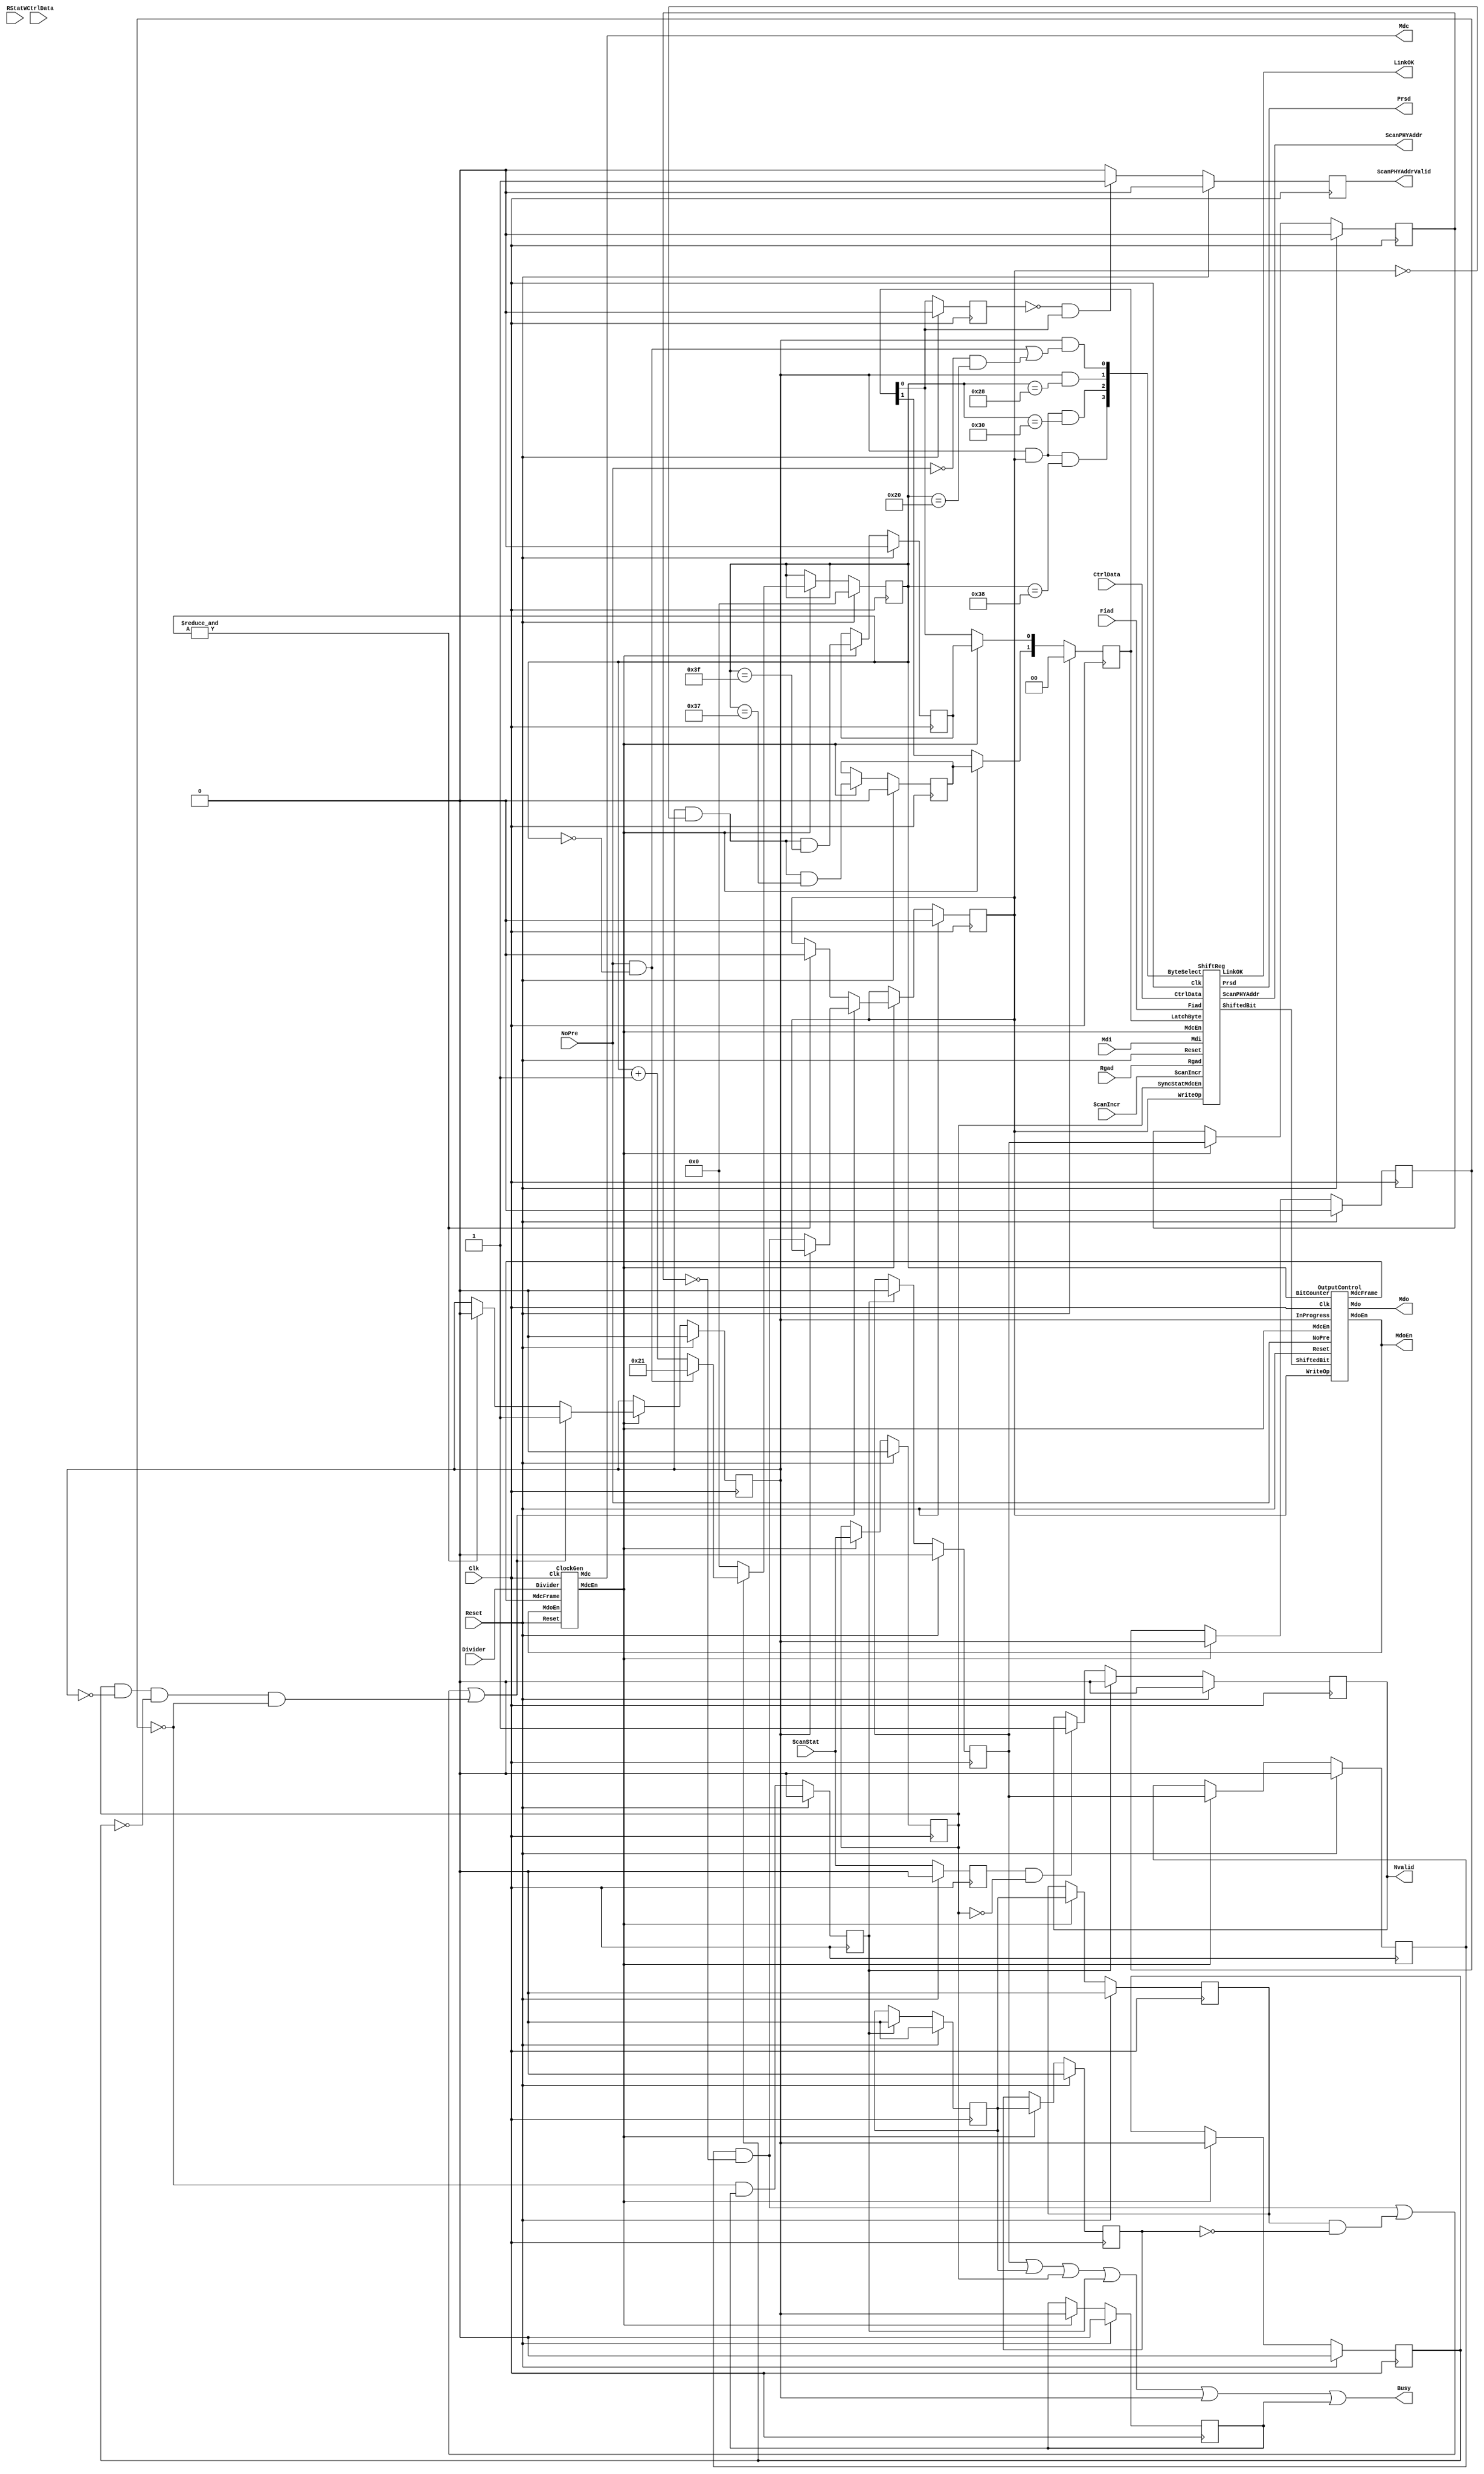
// Adapted to vl2mv and vis by Fabio Somenzi <Fabio@Colorado.EDU>

/////////////////////////////////////////////////////////////////////
////                                                             ////
////  MII Management Module                                      ////
////                                                             ////
////          igorM@opencores.org                                ////
////                                                             ////
////                                                             ////
////  Downloaded from: http://www.opencores.org/cores/ethmac/    ////
////                                                             ////
/////////////////////////////////////////////////////////////////////
////                                                             ////
//// Copyright (C) 2001 Igor Mohor                               ////
////                    IgorM@opencores.org                      ////
////                                                             ////
//// This source file may be used and distributed without        ////
//// restriction provided that this copyright statement is not   ////
//// removed from the file and that any derivative work contains ////
//// the original copyright notice and the associated disclaimer.////
////                                                             ////
////     THIS SOFTWARE IS PROVIDED ``AS IS'' AND WITHOUT ANY     ////
//// EXPRESS OR IMPLIED WARRANTIES, INCLUDING, BUT NOT LIMITED   ////
//// TO, THE IMPLIED WARRANTIES OF MERCHANTABILITY AND FITNESS   ////
//// FOR A PARTICULAR PURPOSE. IN NO EVENT SHALL THE AUTHOR      ////
//// OR CONTRIBUTORS BE LIABLE FOR ANY DIRECT, INDIRECT,         ////
//// INCIDENTAL, SPECIAL, EXEMPLARY, OR CONSEQUENTIAL DAMAGES    ////
//// (INCLUDING, BUT NOT LIMITED TO, PROCUREMENT OF SUBSTITUTE   ////
//// GOODS OR SERVICES; LOSS OF USE, DATA, OR PROFITS; OR        ////
//// BUSINESS INTERRUPTION) HOWEVER CAUSED AND ON ANY THEORY OF  ////
//// LIABILITY, WHETHER IN  CONTRACT, STRICT LIABILITY, OR TORT  ////
//// (INCLUDING NEGLIGENCE OR OTHERWISE) ARISING IN ANY WAY OUT  ////
//// OF THE USE OF THIS SOFTWARE, EVEN IF ADVISED OF THE         ////
//// POSSIBILITY OF SUCH DAMAGE.                                 ////
////                                                             ////
/////////////////////////////////////////////////////////////////////

module miim
(
  Clk,
  Reset,
  Divider,
  NoPre,
  ScanIncr,
  CtrlData,
  Rgad,
  Fiad,
  WCtrlData,
  RStat,
  ScanStat,
  Mdi,
  Mdo,
  MdoEn,
  Mdc,
  Busy,
  Prsd,
  ScanPHYAddr,
  ScanPHYAddrValid,
  LinkOK,
  Nvalid
);


// ------------------------------------------------------------------------
// --- Input/ Output Declarations

input         Clk;                // Host Clock
input         Reset;              // General Reset
input   [7:0] Divider;            // Divider for the host clock
input  [15:0] CtrlData;           // Control Data (to be written to the PHY reg.)
input   [4:0] Rgad;               // Register Address (within the PHY)
input   [4:0] Fiad;               // PHY Address
input         NoPre;              // No Preamble (no 32-bit preamble)
input         ScanIncr;           // Scan Increment (PHY address is incremented after each scan)
input         WCtrlData;          // Write Control Data operation
input         RStat;              // Read Status operation
input         ScanStat;           // Scan Status operation
input         Mdi;                // MII Management Data In

output        Mdc;                // MII Management Data Clock
output        Mdo;                // MII Management Data Output
output        MdoEn;              // MII Management Data Output Enable
output        Busy;               // Busy Signal
output        LinkOK;             // Link Integrity Signal
output        Nvalid;             // Invalid Status (qualifier for the valid scan result)

output [15:0] Prsd;               // Read Status Data (data read from the PHY)
output  [4:0] ScanPHYAddr;        // Scan PHY Address (Scan is performed to the PHY with the ScanPHYAddr[4:0] address)
output        ScanPHYAddrValid;   // Qualifier when the ScanPHYAddr[4:0] address is valid


reg           Nvalid;
reg           EndBusy_d;          // Pre-end Busy signal
reg           EndBusy;            // End Busy signal (stops the operation in progress)

reg           WCtrlData_q1;       // Write Control Data operation delayed 1 Clk cycle
reg           WCtrlData_q2;       // Write Control Data operation delayed 2 Clk cycles
reg           WCtrlData_q3;       // Write Control Data operation delayed 3 Clk cycles
reg           WCtrlDataStart;     // Start Write Control Data Command (positive edge detected)
reg           WCtrlDataStart_q1;  // Start Write Control Data Command delayed 1 Mdc cycle
reg           WCtrlDataStart_q2;  // Start Write Control Data Command delayed 2 Mdc cycles

reg           RStat_q1;           // Read Status operation delayed 1 Clk cycle
reg           RStat_q2;           // Read Status operation delayed 2 Clk cycles
reg           RStat_q3;           // Read Status operation delayed 3 Clk cycles
reg           RStatStart;         // Start Read Status Command (positive edge detected)
reg           RStatStart_q1;      // Start Read Status Command delayed 1 Mdc cycle
reg           RStatStart_q2;      // Start Read Status Command delayed 2 Mdc cycles

reg           ScanStat_q1;        // Scan Status operation delayed 1 cycle
reg           ScanStat_q2;        // Scan Status operation delayed 2 cycles
reg           SyncStatMdcEn;      // Scan Status operation delayed at least cycles and synchronized to MdcEn

wire          WriteDataOp;        // Write Data Operation (positive edge detected)
wire          ReadStatusOp;       // Read Status Operation (positive edge detected)
wire          ScanStatusOp;       // Scan Status Operation (positive edge detected)
wire          StartOp;            // Start Operation (start of any of the preceding operations)
wire          EndOp;              // End of Operation

reg           InProgress;         // Operation in progress
reg           InProgress_q1;      // Operation in progress delayed 1 Mdc cycle
reg           InProgress_q2;      // Operation in progress delayed 2 Mdc cycles
reg           InProgress_q3;      // Operation in progress delayed 3 Mdc cycles

reg           WriteOp;            // Write Operation Latch (When asserted, write operation is in progress)
reg     [5:0] BitCounter;         // Bit Counter

reg           StatusSampledEnd;   // Status Sampled End (used for generation of the StatusSampled signal)
reg           ScanPHYAddrValid;   // Qualifier when the ScanPHYAddr[4:0] address is valid

wire          StatusSampled;
wire          MdcFrame;           // Frame window for limiting the Mdc
wire    [3:0] ByteSelect;         // Byte Select defines which byte (preamble, data, operation, etc.) is loaded and shifted through the shift register.
wire          MdcEn;              // MII Management Data Clock Enable signal is asserted for one Clk period before Mdc rises.
wire          ShiftedBit;         // This bit is output of the shift register and is connected to the Mdo signal


wire          LatchByte1_d2;
wire          LatchByte0_d2;
reg           LatchByte1_d;
reg           LatchByte0_d;
reg     [1:0] LatchByte;          // Latch Byte selects which part of Read Status Data is updated from the shift register



initial begin
    Nvalid = 0;
    EndBusy_d = 0;
    EndBusy = 0;
    WCtrlData_q1 = 0;
    WCtrlData_q2 = 0;
    WCtrlData_q3 = 0;
    WCtrlDataStart = 0;
    WCtrlDataStart_q1 = 0;
    WCtrlDataStart_q2 = 0;
    RStat_q1 = 0;
    RStat_q2 = 0;
    RStat_q3 = 0;
    RStatStart = 0;
    RStatStart_q1 = 0;
    RStatStart_q2 = 0;
    ScanStat_q1 = 0;
    ScanStat_q2 = 0;
    SyncStatMdcEn = 0;
    InProgress = 0;
    InProgress_q1 = 0;
    InProgress_q2 = 0;
    InProgress_q3 = 0;
    WriteOp = 0;
    BitCounter = 0;
    StatusSampledEnd = 0;
    ScanPHYAddrValid = 0;
    LatchByte1_d = 0;
    LatchByte0_d = 0;
    LatchByte = 0;
end



// --- LCTLD, RSTAT & SCAN Synchronization, START & BUSY Generation

// The rising edge of WCtrlData and RStat are detected and along with ScanStat
// synchronized to mdcg.  Start and Busy are generated.

// Generation of the EndBusy signal. It is used for ending the MII Management operation.
always @ (posedge Clk)
begin
  if(Reset)
    begin
      EndBusy_d = 1'b0;
      EndBusy = 1'b0;
    end
  else
    begin
      EndBusy_d = ~InProgress_q2 & InProgress_q3;
      EndBusy   = EndBusy_d;
    end
end


// Generation of the delayed signals used for positive edge triggering.
always @ (posedge Clk)
begin
  if(Reset)
    begin
      WCtrlData_q1 = 1'b0;
      WCtrlData_q2 = 1'b0;
      WCtrlData_q3 = 1'b0;
      
      RStat_q1 = 1'b0;
      RStat_q2 = 1'b0;
      RStat_q3 = 1'b0;

      ScanStat_q1   = 1'b0;
      ScanStat_q2   = 1'b0;
      SyncStatMdcEn = 1'b0;
    end
  else
    begin
      WCtrlData_q1 = WCtrlData;
      WCtrlData_q2 = WCtrlData_q1;
      WCtrlData_q3 = WCtrlData_q2;

      RStat_q1 = RStat;
      RStat_q2 = RStat_q1;
      RStat_q3 = RStat_q2;

      ScanStat_q1 = ScanStat;
      ScanStat_q2 = ScanStat_q1;
      if(MdcEn)
        SyncStatMdcEn = ScanStat_q2;
    end
end


// Generation of the Start Commands (Write Control Data or Read Status)
// Generation of the Nvalid signal (indicates when the status is invalid)
always @ (posedge Clk)
begin
  if(Reset)
    begin
      WCtrlDataStart = 1'b0;
      RStatStart = 1'b0;
      Nvalid = 1'b0;
    end
  else
    begin
      if(EndBusy)
        begin
          WCtrlDataStart = 1'b0;
          RStatStart = 1'b0;
          Nvalid = 1'b0;
        end
      else
        begin
          if(WCtrlData_q2 & ~WCtrlData_q3)
            WCtrlDataStart = 1'b1;
          if(RStat_q2 & ~RStat_q3)
            RStatStart = 1'b1;
          if(ScanStat_q2  & ~SyncStatMdcEn)
            Nvalid = 1'b1;
        end
    end
end 


// Signals used for the generation of the Operation signals (positive edge)
always @ (posedge Clk)
begin
  if(Reset)
    begin
      WCtrlDataStart_q1 = 1'b0;
      WCtrlDataStart_q2 = 1'b0;

      RStatStart_q1 = 1'b0;
      RStatStart_q2 = 1'b0;

      LatchByte[1:0] = 1'b0;
      LatchByte0_d = 1'b0;
      LatchByte1_d = 1'b0;

      InProgress_q1 = 1'b0;
      InProgress_q2 = 1'b0;
      InProgress_q3 = 1'b0;
    end
  else
    begin
      if(MdcEn)
        begin
          WCtrlDataStart_q1 = WCtrlDataStart;
          WCtrlDataStart_q2 = WCtrlDataStart_q1;

          RStatStart_q1 = RStatStart;
          RStatStart_q2 = RStatStart_q1;

          LatchByte[0] = LatchByte0_d;
          LatchByte[1] = LatchByte1_d;

          LatchByte0_d = LatchByte0_d2;
          LatchByte1_d = LatchByte1_d2;

          InProgress_q1 = InProgress;
          InProgress_q2 = InProgress_q1;
          InProgress_q3 = InProgress_q2;
        end
    end
end 


// Generation of the Operation signals
assign WriteDataOp  = WCtrlDataStart_q1 & ~WCtrlDataStart_q2;    
assign ReadStatusOp = RStatStart_q1     & ~RStatStart_q2;
assign ScanStatusOp = SyncStatMdcEn     & ~InProgress & ~InProgress_q1 & ~InProgress_q2; // igor !!! Zakaj je tu onemogoceno za 3 cikle?
assign StartOp      = WriteDataOp | ReadStatusOp | ScanStatusOp;

// - - - - - - - - - - - - - - - - - - - - - - - - - - - - - 
// Busy :: MII Management Busy
assign Busy = WCtrlDataStart | RStatStart | SyncStatMdcEn | EndBusy | InProgress | InProgress_q3;
// igor !!! EndBusy podira (WCtrlDataStart, RStatStart), zato nima smisla, da je tu. Mogoce je tu zaradi SyncStatMdcEn.
// InProgress_q3 nima smisla ? je tu zato, ker se EndBusy podira na Clk, InProgress_q3 pa ima za pogoj MdcEn.
// Poskusi simualcijo in vrzi InProgress_q3 ven



// Generation of the InProgress signal (indicates when an operation is in progress)
// Generation of the WriteOp signal (indicates when a write is in progress)
always @ (posedge Clk)
begin
  if(Reset)
    begin
      InProgress = 1'b0;
      WriteOp = 1'b0;
    end
  else
    begin
      if(MdcEn)
        begin
          if(StartOp)
            begin
              if(~InProgress)
                WriteOp = WriteDataOp;
              InProgress = 1'b1;
            end
          else
            begin
              if(EndOp)
                begin
                  InProgress = 1'b0;
                  WriteOp = 1'b0;
                end
            end
        end
    end
end



// Bit Counter counts from 0 to 63 (from 32 to 63 when NoPre is asserted)
always @ (posedge Clk)
begin
  if(Reset)
    BitCounter[5:0] = 6'h0;
  else
    begin
      if(MdcEn)
        begin
          if(~InProgress_q1)
            BitCounter[5:0] = 6'h0;
          else
            begin
              if(NoPre & ( BitCounter == 6'h0 ))
                BitCounter[5:0] = 6'h21;
              else
                BitCounter[5:0] = BitCounter[5:0] + 1'b1;
            end
        end
    end
end


// Operation ends when the Bit Counter reaches 63
assign EndOp = &BitCounter[5:0];


// Byte Select defines which byte (preamble, data, operation, etc.) is loaded and shifted through the shift register.
assign ByteSelect[0] = InProgress & ((NoPre & (BitCounter == 6'h0)) | (~NoPre & (BitCounter == 6'h20)));
assign ByteSelect[1] = InProgress & (BitCounter == 6'h28);
assign ByteSelect[2] = InProgress & WriteOp & (BitCounter == 6'h30);
assign ByteSelect[3] = InProgress & WriteOp & (BitCounter == 6'h38);

// Latch Byte selects which part of Read Status Data is updated from the shift register
assign LatchByte1_d2 = InProgress & ~WriteOp & BitCounter == 6'h37;
assign LatchByte0_d2 = InProgress & ~WriteOp & BitCounter == 6'h3F;


// StatusSampledEnd
always @ (posedge Clk)
begin
  if(Reset)
    StatusSampledEnd = 1'b0;
  else
    StatusSampledEnd = LatchByte[0];
end     


// StatusSampled is used for ScanPHYAddrValid generation
assign StatusSampled = ~StatusSampledEnd & LatchByte[0];


// Generation of the ScanPHYAddrValid
always @ (posedge Clk)
begin
  if(Reset)
    ScanPHYAddrValid = 1'b0;
  else
    begin
      if(StatusSampled)
        ScanPHYAddrValid = 1'b1;
      else
        ScanPHYAddrValid = 1'b0;
    end
end


// Connecting the Clock Generator Module
ClockGen ClkGen(.Clk(Clk), .Reset(Reset), .Divider(Divider[7:0]), .MdoEn(MdoEn), .MdcEn(MdcEn), .Mdc(Mdc), 
                .MdcFrame(MdcFrame));

// Connecting the Shift Register Module
ShiftReg ShftRg(.Clk(Clk), .Reset(Reset), .MdcEn(MdcEn), .Mdi(Mdi), .Fiad(Fiad), .Rgad(Rgad), .CtrlData(CtrlData), 
                .WriteOp(WriteOp), .ScanIncr(ScanIncr), .SyncStatMdcEn(SyncStatMdcEn), .ByteSelect(ByteSelect), 
                .LatchByte(LatchByte), .ShiftedBit(ShiftedBit), .ScanPHYAddr(ScanPHYAddr), .Prsd(Prsd), .LinkOK(LinkOK)
               );

// Connecting the Output Control Module
OutputControl OutCtrl(.Clk(Clk), .Reset(Reset), .MdcEn(MdcEn), .InProgress(InProgress), .ShiftedBit(ShiftedBit), 
                      .BitCounter(BitCounter), .WriteOp(WriteOp), .NoPre(NoPre), .Mdo(Mdo), .MdoEn(MdoEn), 
                      .MdcFrame(MdcFrame)
                     );

endmodule


/////////////////////////////////////////////////////////////////////
////                                                             ////
////  Clock Generator                                            ////
////  Generates MII Management Data Clock from the Host Clock    ////
////                                                             ////
////          igorM@opencores.org                                ////
////                                                             ////
////                                                             ////
////  Downloaded from: http://www.opencores.org/cores/ethmac/    ////
////                                                             ////
/////////////////////////////////////////////////////////////////////
////                                                             ////
//// Copyright (C) 2001 Igor Mohor                               ////
////                    IgorM@opencores.org                      ////
////                                                             ////
//// This source file may be used and distributed without        ////
//// restriction provided that this copyright statement is not   ////
//// removed from the file and that any derivative work contains ////
//// the original copyright notice and the associated disclaimer.////
////                                                             ////
////     THIS SOFTWARE IS PROVIDED ``AS IS'' AND WITHOUT ANY     ////
//// EXPRESS OR IMPLIED WARRANTIES, INCLUDING, BUT NOT LIMITED   ////
//// TO, THE IMPLIED WARRANTIES OF MERCHANTABILITY AND FITNESS   ////
//// FOR A PARTICULAR PURPOSE. IN NO EVENT SHALL THE AUTHOR      ////
//// OR CONTRIBUTORS BE LIABLE FOR ANY DIRECT, INDIRECT,         ////
//// INCIDENTAL, SPECIAL, EXEMPLARY, OR CONSEQUENTIAL DAMAGES    ////
//// (INCLUDING, BUT NOT LIMITED TO, PROCUREMENT OF SUBSTITUTE   ////
//// GOODS OR SERVICES; LOSS OF USE, DATA, OR PROFITS; OR        ////
//// BUSINESS INTERRUPTION) HOWEVER CAUSED AND ON ANY THEORY OF  ////
//// LIABILITY, WHETHER IN  CONTRACT, STRICT LIABILITY, OR TORT  ////
//// (INCLUDING NEGLIGENCE OR OTHERWISE) ARISING IN ANY WAY OUT  ////
//// OF THE USE OF THIS SOFTWARE, EVEN IF ADVISED OF THE         ////
//// POSSIBILITY OF SUCH DAMAGE.                                 ////
////                                                             ////
/////////////////////////////////////////////////////////////////////

module ClockGen(Clk, Reset, Divider, MdoEn, MdcEn, Mdc, MdcFrame);

input       Clk;              // Input clock (Host clock)
input       Reset;            // Reset signal
input [7:0] Divider;          // Divider (input clock will be divided by the Divider[7:0])
input       MdoEn;            // MII Management Data Output Enable
input       MdcFrame;         // Frame window for limiting the Mdc

output      Mdc;              // Output clock
output      MdcEn;            // Enable signal is asserted for one Clk period before Mdc rises.

reg         Mdc;
reg   [7:0] Counter;

wire        CountEq0;
wire  [7:0] CounterPreset;
wire  [7:0] TempDivider;

initial begin
    Mdc = 0;
    Counter = 0;
end

assign TempDivider[7:0]   = (Divider[7:0]<2)? 8'h02 : Divider[7:0]; // If smaller than 2
assign CounterPreset[7:0] = {1'b0,TempDivider[7:1]} -1;               // We are counting half of period


// Counter counts half period
always @ (posedge Clk)
begin
  if(Reset)
    Counter[7:0] = 8'h1;
  else
    begin
      if(CountEq0)
        begin
          Counter[7:0] = CounterPreset[7:0];
        end
      else
        Counter[7:0] = Counter - 8'h1;
    end
end


// Mdc is asserted every other half period
always @ (posedge Clk)
begin
  if(Reset)
    Mdc = 1'b0;
  else
    begin
      if(CountEq0 & MdcFrame)
        Mdc = ~Mdc;
    end
end


assign CountEq0 = Counter == 8'h0;
assign MdcEn = CountEq0 & ~Mdc;


endmodule


/////////////////////////////////////////////////////////////////////
////                                                             ////
////  Output Control Block                                       ////
////  Output Control for the MII Management Data Signals         ////
////  (Mdc, Mdo, MdoEn)                                          ////
////                                                             ////
////          igorM@opencores.org                                ////
////                                                             ////
////                                                             ////
////  Downloaded from: http://www.opencores.org/cores/ethmac/    ////
////                                                             ////
/////////////////////////////////////////////////////////////////////
////                                                             ////
//// Copyright (C) 2001 Igor Mohor                               ////
////                    IgorM@opencores.org                      ////
////                                                             ////
//// This source file may be used and distributed without        ////
//// restriction provided that this copyright statement is not   ////
//// removed from the file and that any derivative work contains ////
//// the original copyright notice and the associated disclaimer.////
////                                                             ////
////     THIS SOFTWARE IS PROVIDED ``AS IS'' AND WITHOUT ANY     ////
//// EXPRESS OR IMPLIED WARRANTIES, INCLUDING, BUT NOT LIMITED   ////
//// TO, THE IMPLIED WARRANTIES OF MERCHANTABILITY AND FITNESS   ////
//// FOR A PARTICULAR PURPOSE. IN NO EVENT SHALL THE AUTHOR      ////
//// OR CONTRIBUTORS BE LIABLE FOR ANY DIRECT, INDIRECT,         ////
//// INCIDENTAL, SPECIAL, EXEMPLARY, OR CONSEQUENTIAL DAMAGES    ////
//// (INCLUDING, BUT NOT LIMITED TO, PROCUREMENT OF SUBSTITUTE   ////
//// GOODS OR SERVICES; LOSS OF USE, DATA, OR PROFITS; OR        ////
//// BUSINESS INTERRUPTION) HOWEVER CAUSED AND ON ANY THEORY OF  ////
//// LIABILITY, WHETHER IN  CONTRACT, STRICT LIABILITY, OR TORT  ////
//// (INCLUDING NEGLIGENCE OR OTHERWISE) ARISING IN ANY WAY OUT  ////
//// OF THE USE OF THIS SOFTWARE, EVEN IF ADVISED OF THE         ////
//// POSSIBILITY OF SUCH DAMAGE.                                 ////
////                                                             ////
/////////////////////////////////////////////////////////////////////

module OutputControl(Clk, Reset, InProgress, ShiftedBit, BitCounter, WriteOp, NoPre, MdcEn, Mdo, MdoEn, MdcFrame);

input         Clk;                // Host Clock
input         Reset;              // General Reset
input         WriteOp;            // Write Operation Latch (When asserted, write operation is in progress)
input         NoPre;              // No Preamble (no 32-bit preamble)
input         InProgress;         // Operation in progress
input         ShiftedBit;         // This bit is output of the shift register and is connected to the Mdo signal
input   [5:0] BitCounter;         // Bit Counter
input         MdcEn;              // MII Management Data Clock Enable signal is asserted for one Clk period before Mdc rises.

output        Mdo;                // MII Management Data Output
output        MdoEn;              // MII Management Data Output Enable
output        MdcFrame;           // Frame window for limiting the Mdc

wire          SerialEn;
reg           SerialEn_q;

reg           MdoEn_d2;
reg           MdoEn_d;
reg           MdoEn;

reg           Mdo_d;
reg           Mdo;                // MII Management Data Output

reg           MdcFrame_d2;
reg           MdcFrame_d1;
reg           MdcFrame;

initial begin
    SerialEn_q = 0;
    MdoEn_d2 = 0;
    MdoEn_d = 0;
    MdoEn = 0;
    Mdo_d = 0;
    Mdo = 0;
    MdcFrame_d2 = 0;
    MdcFrame_d1 = 0;
    MdcFrame = 0;
end

// Generation of the Serial Enable signal (enables the serialization of the data)
assign SerialEn =  WriteOp & InProgress & ( BitCounter[5] | ( ( BitCounter == 0 ) & NoPre ) )
                | ~WriteOp & InProgress & (( BitCounter[5] & ~BitCounter[4] & ~&BitCounter[3:1] ) | ( ( BitCounter == 0 ) & NoPre ));


// Generation of the delayed SerialEn signal
// Generation of the pre-MdoEn signal (MdoEn_d2)
always @ (posedge Clk)
begin
  if(Reset)
    begin
      SerialEn_q = 1'b0;
      MdoEn_d2 = 1'b0;
      MdcFrame_d2 = 1'b0;
    end
  else
    begin
      if(MdcEn)
        begin
          SerialEn_q = SerialEn;
          MdoEn_d2 = SerialEn | InProgress & ~BitCounter[5];
          MdcFrame_d2 = InProgress;
        end
    end
end 


// Generation of the MdoEn signal
always @ (posedge Clk)
begin
  if(Reset)
    begin
      MdoEn_d = 1'b0;
      MdoEn = 1'b0;
      MdcFrame_d1 = 1'b0;
      MdcFrame = 1'b0;
    end
  else
    begin
      MdoEn_d = MdoEn_d2;
      MdoEn = MdoEn_d;
      MdcFrame_d1 = MdcFrame_d2;
      MdcFrame = MdcFrame_d1;
    end
end


// Generation of the Mdo signal.
always @ (posedge Clk)
begin
  if(Reset)
    begin
      Mdo_d = 1'b0;
      Mdo = 1'b0;
    end
  else
    begin
      Mdo_d = ShiftedBit | ~SerialEn_q;
      Mdo = Mdo_d;
    end
end


endmodule


/////////////////////////////////////////////////////////////////////
////                                                             ////
////  Shift Register                                             ////
////                                                             ////
////          igorM@opencores.org                                ////
////                                                             ////
////                                                             ////
////  Downloaded from: http://www.opencores.org/cores/ethmac/    ////
////                                                             ////
/////////////////////////////////////////////////////////////////////
////                                                             ////
//// Copyright (C) 2001 Igor Mohor                               ////
////                    IgorM@opencores.org                      ////
////                                                             ////
//// This source file may be used and distributed without        ////
//// restriction provided that this copyright statement is not   ////
//// removed from the file and that any derivative work contains ////
//// the original copyright notice and the associated disclaimer.////
////                                                             ////
////     THIS SOFTWARE IS PROVIDED ``AS IS'' AND WITHOUT ANY     ////
//// EXPRESS OR IMPLIED WARRANTIES, INCLUDING, BUT NOT LIMITED   ////
//// TO, THE IMPLIED WARRANTIES OF MERCHANTABILITY AND FITNESS   ////
//// FOR A PARTICULAR PURPOSE. IN NO EVENT SHALL THE AUTHOR      ////
//// OR CONTRIBUTORS BE LIABLE FOR ANY DIRECT, INDIRECT,         ////
//// INCIDENTAL, SPECIAL, EXEMPLARY, OR CONSEQUENTIAL DAMAGES    ////
//// (INCLUDING, BUT NOT LIMITED TO, PROCUREMENT OF SUBSTITUTE   ////
//// GOODS OR SERVICES; LOSS OF USE, DATA, OR PROFITS; OR        ////
//// BUSINESS INTERRUPTION) HOWEVER CAUSED AND ON ANY THEORY OF  ////
//// LIABILITY, WHETHER IN  CONTRACT, STRICT LIABILITY, OR TORT  ////
//// (INCLUDING NEGLIGENCE OR OTHERWISE) ARISING IN ANY WAY OUT  ////
//// OF THE USE OF THIS SOFTWARE, EVEN IF ADVISED OF THE         ////
//// POSSIBILITY OF SUCH DAMAGE.                                 ////
////                                                             ////
/////////////////////////////////////////////////////////////////////

module ShiftReg(Clk, Reset, MdcEn, Mdi, Fiad, Rgad, CtrlData, WriteOp, ScanIncr, SyncStatMdcEn, ByteSelect, 
                LatchByte, ShiftedBit, ScanPHYAddr, Prsd, LinkOK);

input       Clk;              // Input clock (Host clock)
input       Reset;            // Reset signal
input       MdcEn;            // Enable signal is asserted for one Clk period before Mdc rises.
input       Mdi;              // MII input data
input [4:0] Fiad;             // PHY address
input [4:0] Rgad;             // Register address (within the selected PHY)
input [15:0]CtrlData;         // Control data (data to be written to the PHY)
input       WriteOp;          // The current operation is a PHY register write operation
input       ScanIncr;         // Automatically increment PHY address
input       SyncStatMdcEn;    // Synchronized ???
input [3:0] ByteSelect;       // Byte select
input [1:0] LatchByte;        // Byte select for latching (read operation)

output      ShiftedBit;       // Bit shifted out of the shift register
output[4:0] ScanPHYAddr;      // Scan PHY Address (Scan is performed to the PHY with the ScanPHYAddr[4:0] address)
output[15:0]Prsd;             // Read Status Data (data read from the PHY)
output      LinkOK;           // Link Integrity Signal

reg   [7:0] ShiftReg;         // Shift register for shifting the data in and out
reg   [4:0] FiadReg;          // PHY address can be incremented
reg   [15:0]Prsd;
reg         LinkOK;

initial begin
    ShiftReg = 0;
    FiadReg = 0;
    Prsd = 0;
    LinkOK = 0;
end


// ShiftReg[7:0] :: Shift Register Data
always @ (posedge Clk) 
begin
  if(Reset)
    ShiftReg[7:0] = 8'h0;
  else
    begin
      if(MdcEn)
        begin 
          if(|ByteSelect)
            begin
              case (ByteSelect[3:0])
                4'h1 :    ShiftReg[7:0] = {2'b01, ~WriteOp, WriteOp, FiadReg[4:1]};
                4'h2 :    ShiftReg[7:0] = {FiadReg[0], Rgad[4:0], 2'b10};
                4'h4 :    ShiftReg[7:0] = CtrlData[15:8];
                4'h8 :    ShiftReg[7:0] = CtrlData[7:0];
                default : ShiftReg[7:0] = 8'h0;
              endcase
            end 
          else
            ShiftReg[7:0] = {ShiftReg[6:0], Mdi};
        end
    end
end


assign ShiftedBit = ShiftReg[7];



// - - - - - - - - - - - - - - - - - - - - - - - - - - - - - 
// Read Status Data: The data in the shift reg. can be loaded to Prsd[7:0] or Prsd[15:8]
// Generation of LinkOK
always @ (posedge Clk)
begin
  if(Reset)
    begin
      Prsd[15:0] = 16'h0;
      LinkOK = 1'b0;
    end
  else
    begin
      if(LatchByte[0])
        begin
          Prsd[7:0] = ShiftReg[7:0];
          if(Rgad == 5'h01)
            LinkOK = ShiftReg[2];
        end
      else
        begin
          if(LatchByte[1])
            Prsd[15:8] = ShiftReg[7:0];
        end
    end
end      


// IncrementAddr is used for incrementing the PHY address
wire IncrementAddr = SyncStatMdcEn & ByteSelect[1] & MdcEn;


// Generation of the Phy address FiadReg[4:0] 
always @ (posedge Clk)
begin
  if(Reset)
    FiadReg = Fiad;
  else
    begin
      if(~ScanIncr | ScanIncr & IncrementAddr & (FiadReg == 5'h1F))
        FiadReg = Fiad;
      else
        begin
          if(ScanIncr & IncrementAddr)
            FiadReg = FiadReg + 1;
        end
    end
end

assign ScanPHYAddr = FiadReg;

endmodule